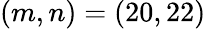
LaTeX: (m,n)=(20,22)